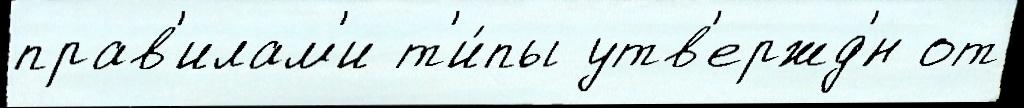
прав'илам'и т'и́пы утв'ержд'́н от